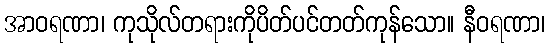
အာဝရဏာ၊ ကုသိုလ်တရားကိုပိတ်ပင်တတ်ကုန်သော။ နီဝရဏာ၊